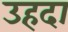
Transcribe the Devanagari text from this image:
उहदा